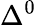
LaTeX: \Delta^{0}